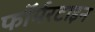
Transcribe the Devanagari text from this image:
फॉर्मरटाइन